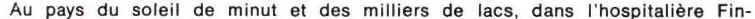
Au pays du soleil de minut et des milliers de lacs, dans l'hospitalière Fin-